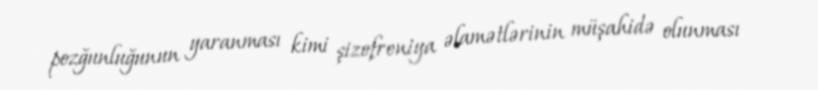
pozğunluğunun yaranması kimi şizofreniya əlamətlərinin müşahidə olunması